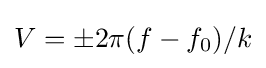
V=\pm 2\pi (f-f_{0})/k